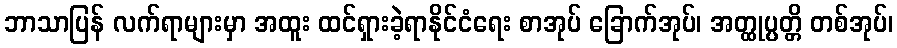
ဘာသာပြန် လက်ရာများမှာ အထူး ထင်ရှားခဲ့ရာနိုင်ငံရေး စာအုပ် ခြောက်အုပ်၊ အတ္ထုပ္ပတ္တိ တစ်အုပ်၊